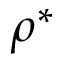
\rho ^ { * }